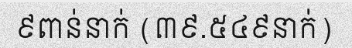
៩ពាន់នាក់ (៣៩.៥៤៩នាក់)